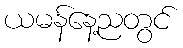
ယမန်နေ့ညတွင်